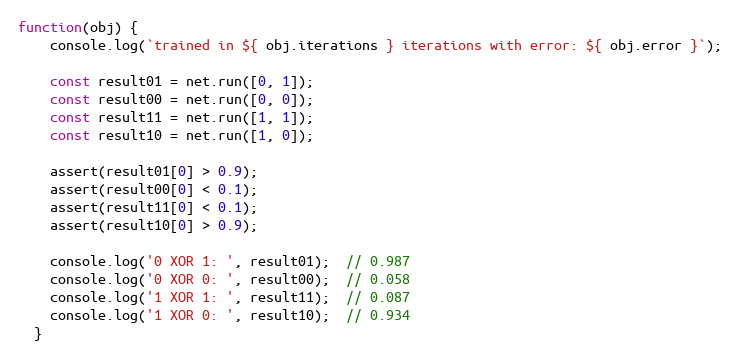
Language: JavaScript
function(obj) {
    console.log(`trained in ${ obj.iterations } iterations with error: ${ obj.error }`);

    const result01 = net.run([0, 1]);
    const result00 = net.run([0, 0]);
    const result11 = net.run([1, 1]);
    const result10 = net.run([1, 0]);

    assert(result01[0] > 0.9);
    assert(result00[0] < 0.1);
    assert(result11[0] < 0.1);
    assert(result10[0] > 0.9);

    console.log('0 XOR 1: ', result01);  // 0.987
    console.log('0 XOR 0: ', result00);  // 0.058
    console.log('1 XOR 1: ', result11);  // 0.087
    console.log('1 XOR 0: ', result10);  // 0.934
  }